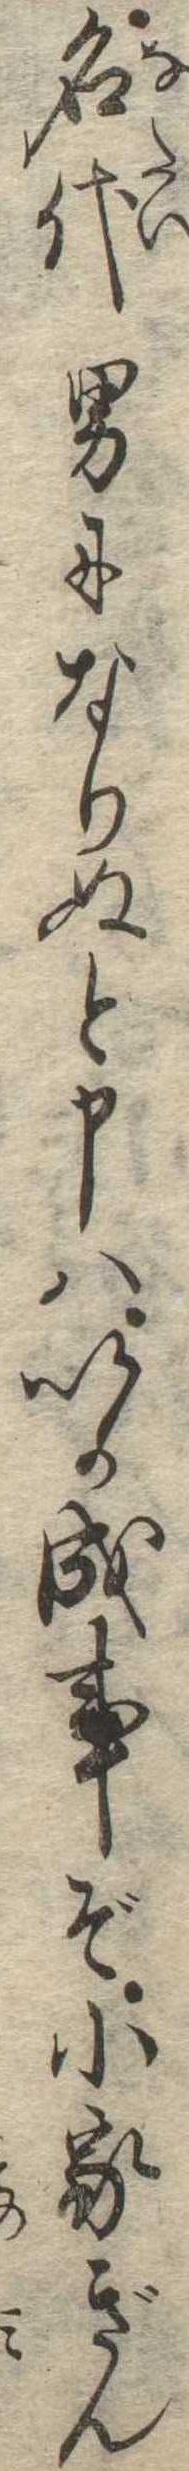
名代男になりぬと申はいか成事ぞ小家ぎん